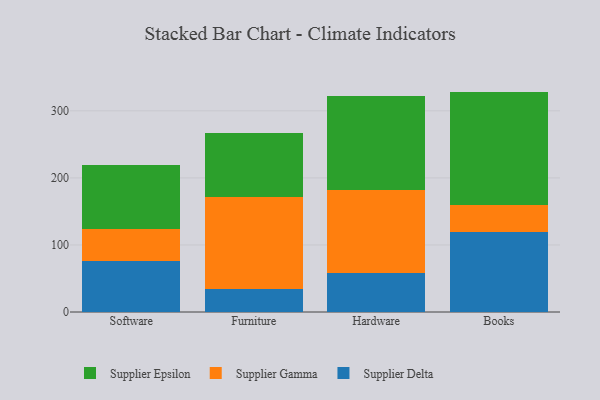
{"axis": {"x": "Category", "y": "Population (Million)"}, "legend": ["Supplier Delta", "Supplier Epsilon", "Supplier Gamma"], "data": [{"x": "Software", "y": 75.7, "type": "Supplier Delta"}, {"x": "Software", "y": 48.1, "type": "Supplier Gamma"}, {"x": "Software", "y": 95.3, "type": "Supplier Epsilon"}, {"x": "Furniture", "y": 34.5, "type": "Supplier Delta"}, {"x": "Furniture", "y": 136.5, "type": "Supplier Gamma"}, {"x": "Furniture", "y": 96.5, "type": "Supplier Epsilon"}, {"x": "Hardware", "y": 57.7, "type": "Supplier Delta"}, {"x": "Hardware", "y": 124.1, "type": "Supplier Gamma"}, {"x": "Hardware", "y": 140.3, "type": "Supplier Epsilon"}, {"x": "Books", "y": 119.3, "type": "Supplier Delta"}, {"x": "Books", "y": 41.0, "type": "Supplier Gamma"}, {"x": "Books", "y": 168.4, "type": "Supplier Epsilon"}]}